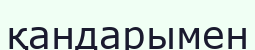
қандарымен